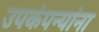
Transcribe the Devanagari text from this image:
उपकंपन्यांना